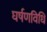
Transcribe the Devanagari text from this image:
घर्षणविधि